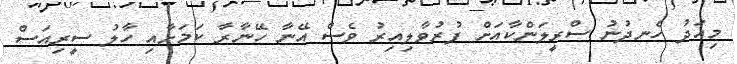
މިއަދު ހެނދުނު ސްރީލަންކާއަށް ފުރުވާލިއިރު ވެސް އޭނާ ހޭނާރާ ކަމަށާއި ހާލު ސީރިއަސް